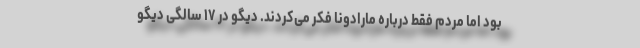
بود اما مردم فقط درباره مارادونا فکر می‌کردند. دیگو در ۱۷ سالگی دیگو